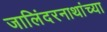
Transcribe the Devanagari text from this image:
जालिंदरनाथांच्या